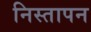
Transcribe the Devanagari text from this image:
निस्तापन